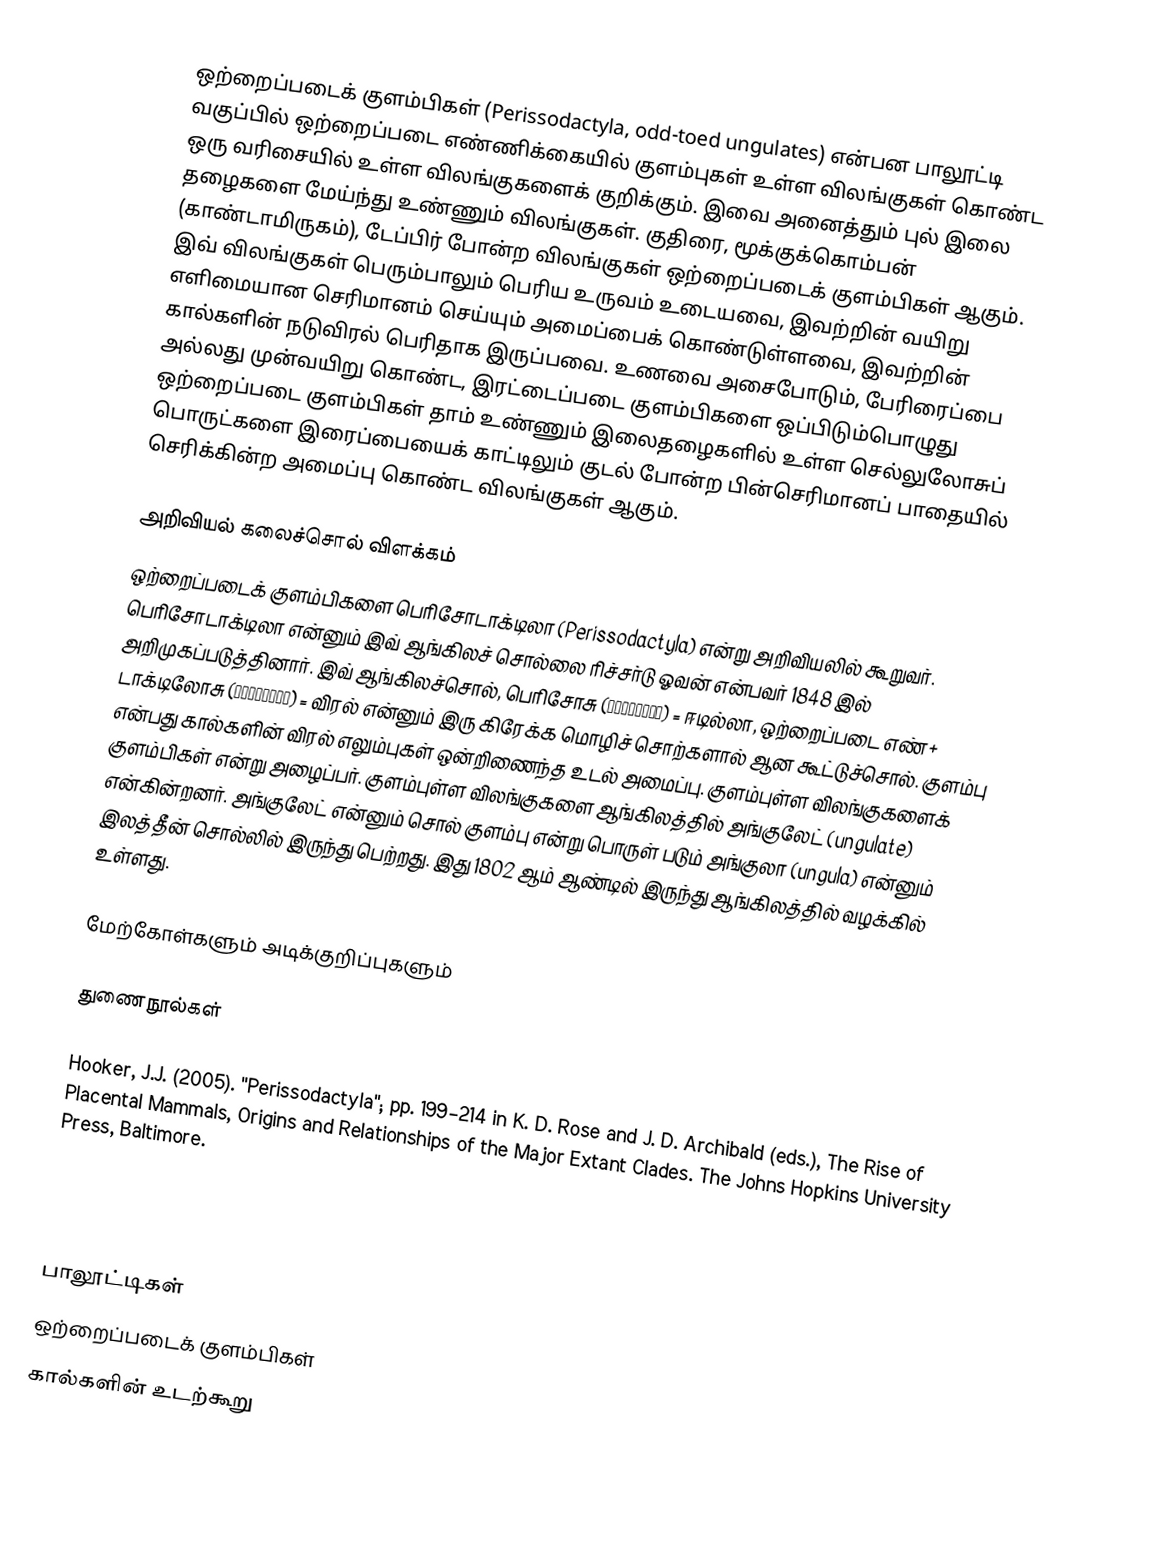
ஒற்றைப்படைக் குளம்பிகள் (Perissodactyla, odd-toed ungulates) என்பன பாலூட்டி வகுப்பில் ஒற்றைப்படை எண்ணிக்கையில் குளம்புகள் உள்ள விலங்குகள் கொண்ட ஒரு வரிசையில் உள்ள விலங்குகளைக் குறிக்கும். இவை அனைத்தும் புல் இலை தழைகளை மேய்ந்து உண்ணும் விலங்குகள். குதிரை, மூக்குக்கொம்பன் (காண்டாமிருகம்), டேப்பிர் போன்ற விலங்குகள் ஒற்றைப்படைக் குளம்பிகள் ஆகும். இவ் விலங்குகள் பெரும்பாலும் பெரிய உருவம் உடையவை, இவற்றின் வயிறு எளிமையான செரிமானம் செய்யும் அமைப்பைக் கொண்டுள்ளவை, இவற்றின் கால்களின் நடுவிரல் பெரிதாக இருப்பவை. உணவை அசைபோடும், பேரிரைப்பை அல்லது முன்வயிறு கொண்ட, இரட்டைப்படை குளம்பிகளை ஒப்பிடும்பொழுது ஒற்றைப்படை குளம்பிகள் தாம் உண்ணும்  இலைதழைகளில் உள்ள செல்லுலோசுப் பொருட்களை இரைப்பையைக் காட்டிலும் குடல் போன்ற பின்செரிமானப் பாதையில் செரிக்கின்ற அமைப்பு கொண்ட விலங்குகள் ஆகும்.

அறிவியல் கலைச்சொல் விளக்கம்
ஒற்றைப்படைக் குளம்பிகளை பெரிசோடாக்டிலா (Perissodactyla) என்று அறிவியலில் கூறுவர். பெரிசோடாக்டிலா என்னும் இவ் ஆங்கிலச் சொல்லை ரிச்சர்டு ஓவன் என்பவர் 1848 இல் அறிமுகப்படுத்தினார். இவ் ஆங்கிலச்சொல்,  பெரிசோசு (Περισσος) = ஈடில்லா, ஒற்றைப்படை எண் + டாக்டிலோசு (δακτυλος) = விரல் என்னும் இரு கிரேக்க மொழிச் சொற்களால் ஆன கூட்டுச்சொல். குளம்பு என்பது கால்களின் விரல் எலும்புகள் ஒன்றிணைந்த உடல் அமைப்பு. குளம்புள்ள விலங்குகளைக் குளம்பிகள் என்று அழைப்பர். குளம்புள்ள விலங்குகளை ஆங்கிலத்தில் அங்குலேட் (ungulate) என்கின்றனர். அங்குலேட் என்னும் சொல் குளம்பு என்று பொருள் படும் அங்குலா (ungula) என்னும் இலத்தீன் சொல்லில் இருந்து பெற்றது. இது 1802 ஆம் ஆண்டில் இருந்து ஆங்கிலத்தில் வழக்கில் உள்ளது.

மேற்கோள்களும் அடிக்குறிப்புகளும்

துணைநூல்கள்

 Hooker, J.J. (2005). "Perissodactyla"; pp. 199–214 in K. D. Rose and J. D. Archibald (eds.), The Rise of Placental Mammals, Origins and Relationships of the Major Extant Clades. The Johns Hopkins University Press, Baltimore.

பாலூட்டிகள்
ஒற்றைப்படைக் குளம்பிகள்
கால்களின் உடற்கூறு